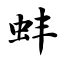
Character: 蚌